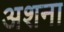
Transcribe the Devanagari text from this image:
अशना